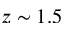
z \sim 1 . 5